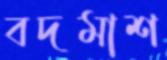
বদমাশ